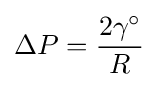
\Delta P={\frac {2\gamma ^{\circ }}{R}}